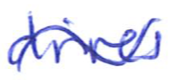
Text: drives
Cross-out: wave
Writing tool: ballpoint